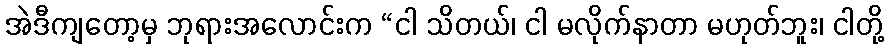
အဲဒီကျတော့မှ ဘုရားအလောင်းက “ငါ သိတယ်၊ ငါ မလိုက်နာတာ မဟုတ်ဘူး၊ ငါတို့